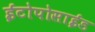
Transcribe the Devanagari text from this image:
ईटोपोसाईड